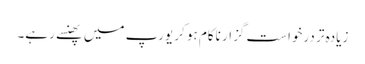
زیادہ تر درخواست گزار ناکام ہو کر یورپ میں پھنسے رہے۔